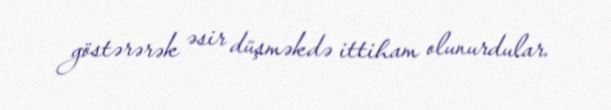
göstərərək əsir düşməkdə ittiham olunurdular.